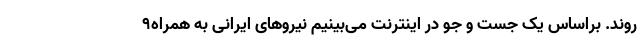
‌روند. براساس یک جست و جو در اینترنت می‌بینیم نیروهای ایرانی به همراه۹